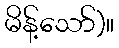
မိန့်သော်)။